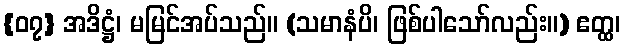
{၀၇} အဒိဋ္ဌံ၊ မမြင်အပ်သည်။ (သမာနံပိ၊ ဖြစ်ပါသော်လည်း။) ဧတ္ထ၊